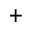
^ +